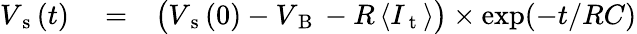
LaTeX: \begin{array}{rlr}{V_{\mathrm{~s~}}(t)}&{{}=}&{\big(V_{\mathrm{~s~}}(0)-V_{\mathrm{~B~}}-R\, \langle I_{\mathrm{~t~}}\rangle\big)\times\exp(-t/RC)}\end{array}